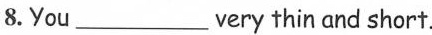
8.You ___ very thin and short.